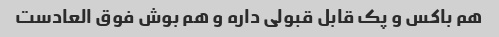
هم باکس و پک قابل قبولی داره و هم بوش فوق العادست